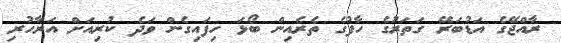
ރާއްޖޭގެ އަޑުބަރޭ ގަތަރުގެ ހާފުގެ ތެރެއިން ބޯޅަ ހިފައިގެން ވަދެ ކުރިއަށް އަރާހުރި